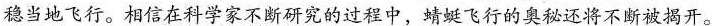
稳当地飞行。相信在科学家不断研究的过程中，蜻蜓飞行的奥秘还将不断被揭开。